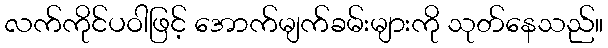
လက်ကိုင်ပဝါဖြင့် အောက်မျက်ခမ်းများကို သုတ်နေသည်။